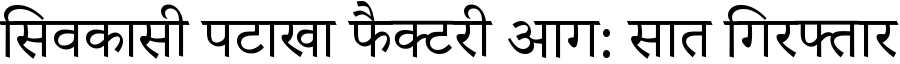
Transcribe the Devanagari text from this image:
सिवकासी पटाखा फैक्टरी आग: सात गिरफ्तार